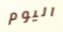
اليوم